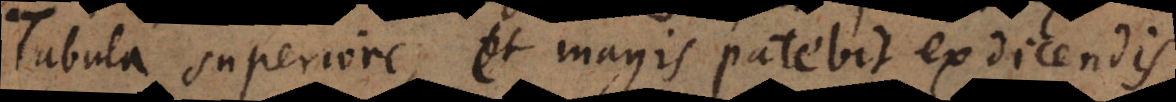
Tabula superiore, et magis patebit ex dicendis.